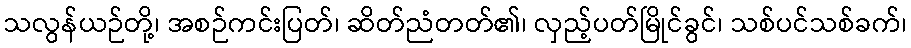
သလွန်ယဉ်တို့၊ အစဉ်ကင်းပြတ်၊ ဆိတ်ညံတတ်၏၊ လှည့်ပတ်မြိုင်ခွင်၊ သစ်ပင်သစ်ခက်၊